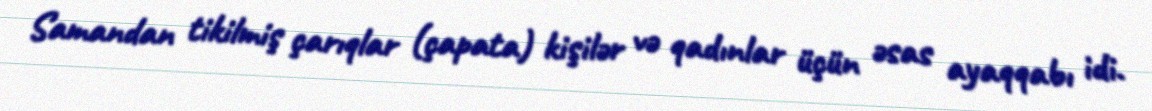
Samandan tikilmiş çarıqlar (çapata) kişilər və qadınlar üçün əsas ayaqqabı idi.